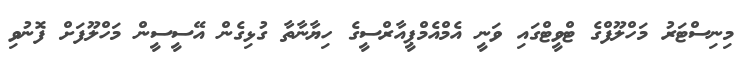
މިނިސްޓަރު މަހްލޫފްގެ ޓްވީޓްގައި ވަނީ އެމްއެމްޕީއާރްސީގެ ހިޔާނާތާ ގުޅިގެން އޭސީސީން މަހްލޫފަށް ފޮނުވި